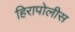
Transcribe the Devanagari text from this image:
हिरापोलीस